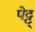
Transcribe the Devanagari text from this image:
पेट्ट्